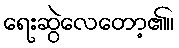
ရေးဆွဲလေတော့၏။